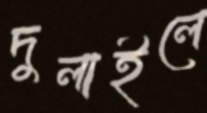
দুলাইলে